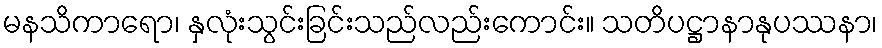
မနသိကာရော၊ နှလုံးသွင်းခြင်းသည်လည်းကောင်း။ သတိပဋ္ဌာနာနုပဿနာ၊